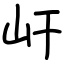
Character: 屽